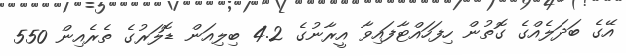
އޭގެ ބަދަލެއްގެ ގޮތުން ހިފަހައްޓާފައިވާ އީރާނުގެ 4.2 ބިލިއަން ޑޮލަރުގެ ތެރެއިން 550